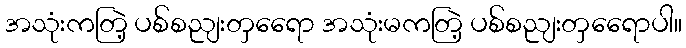
အသုံးကတြဲ့ ပစ်စညျးတှရေော အသုံးမကတြဲ့ ပစ်စညျးတှရေောပါ။